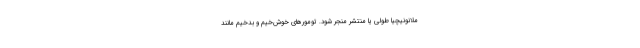
ملانونیچیا طولی یا منتشر منجر شود. تومورهای خوش‌خیم و بدخیم مانند